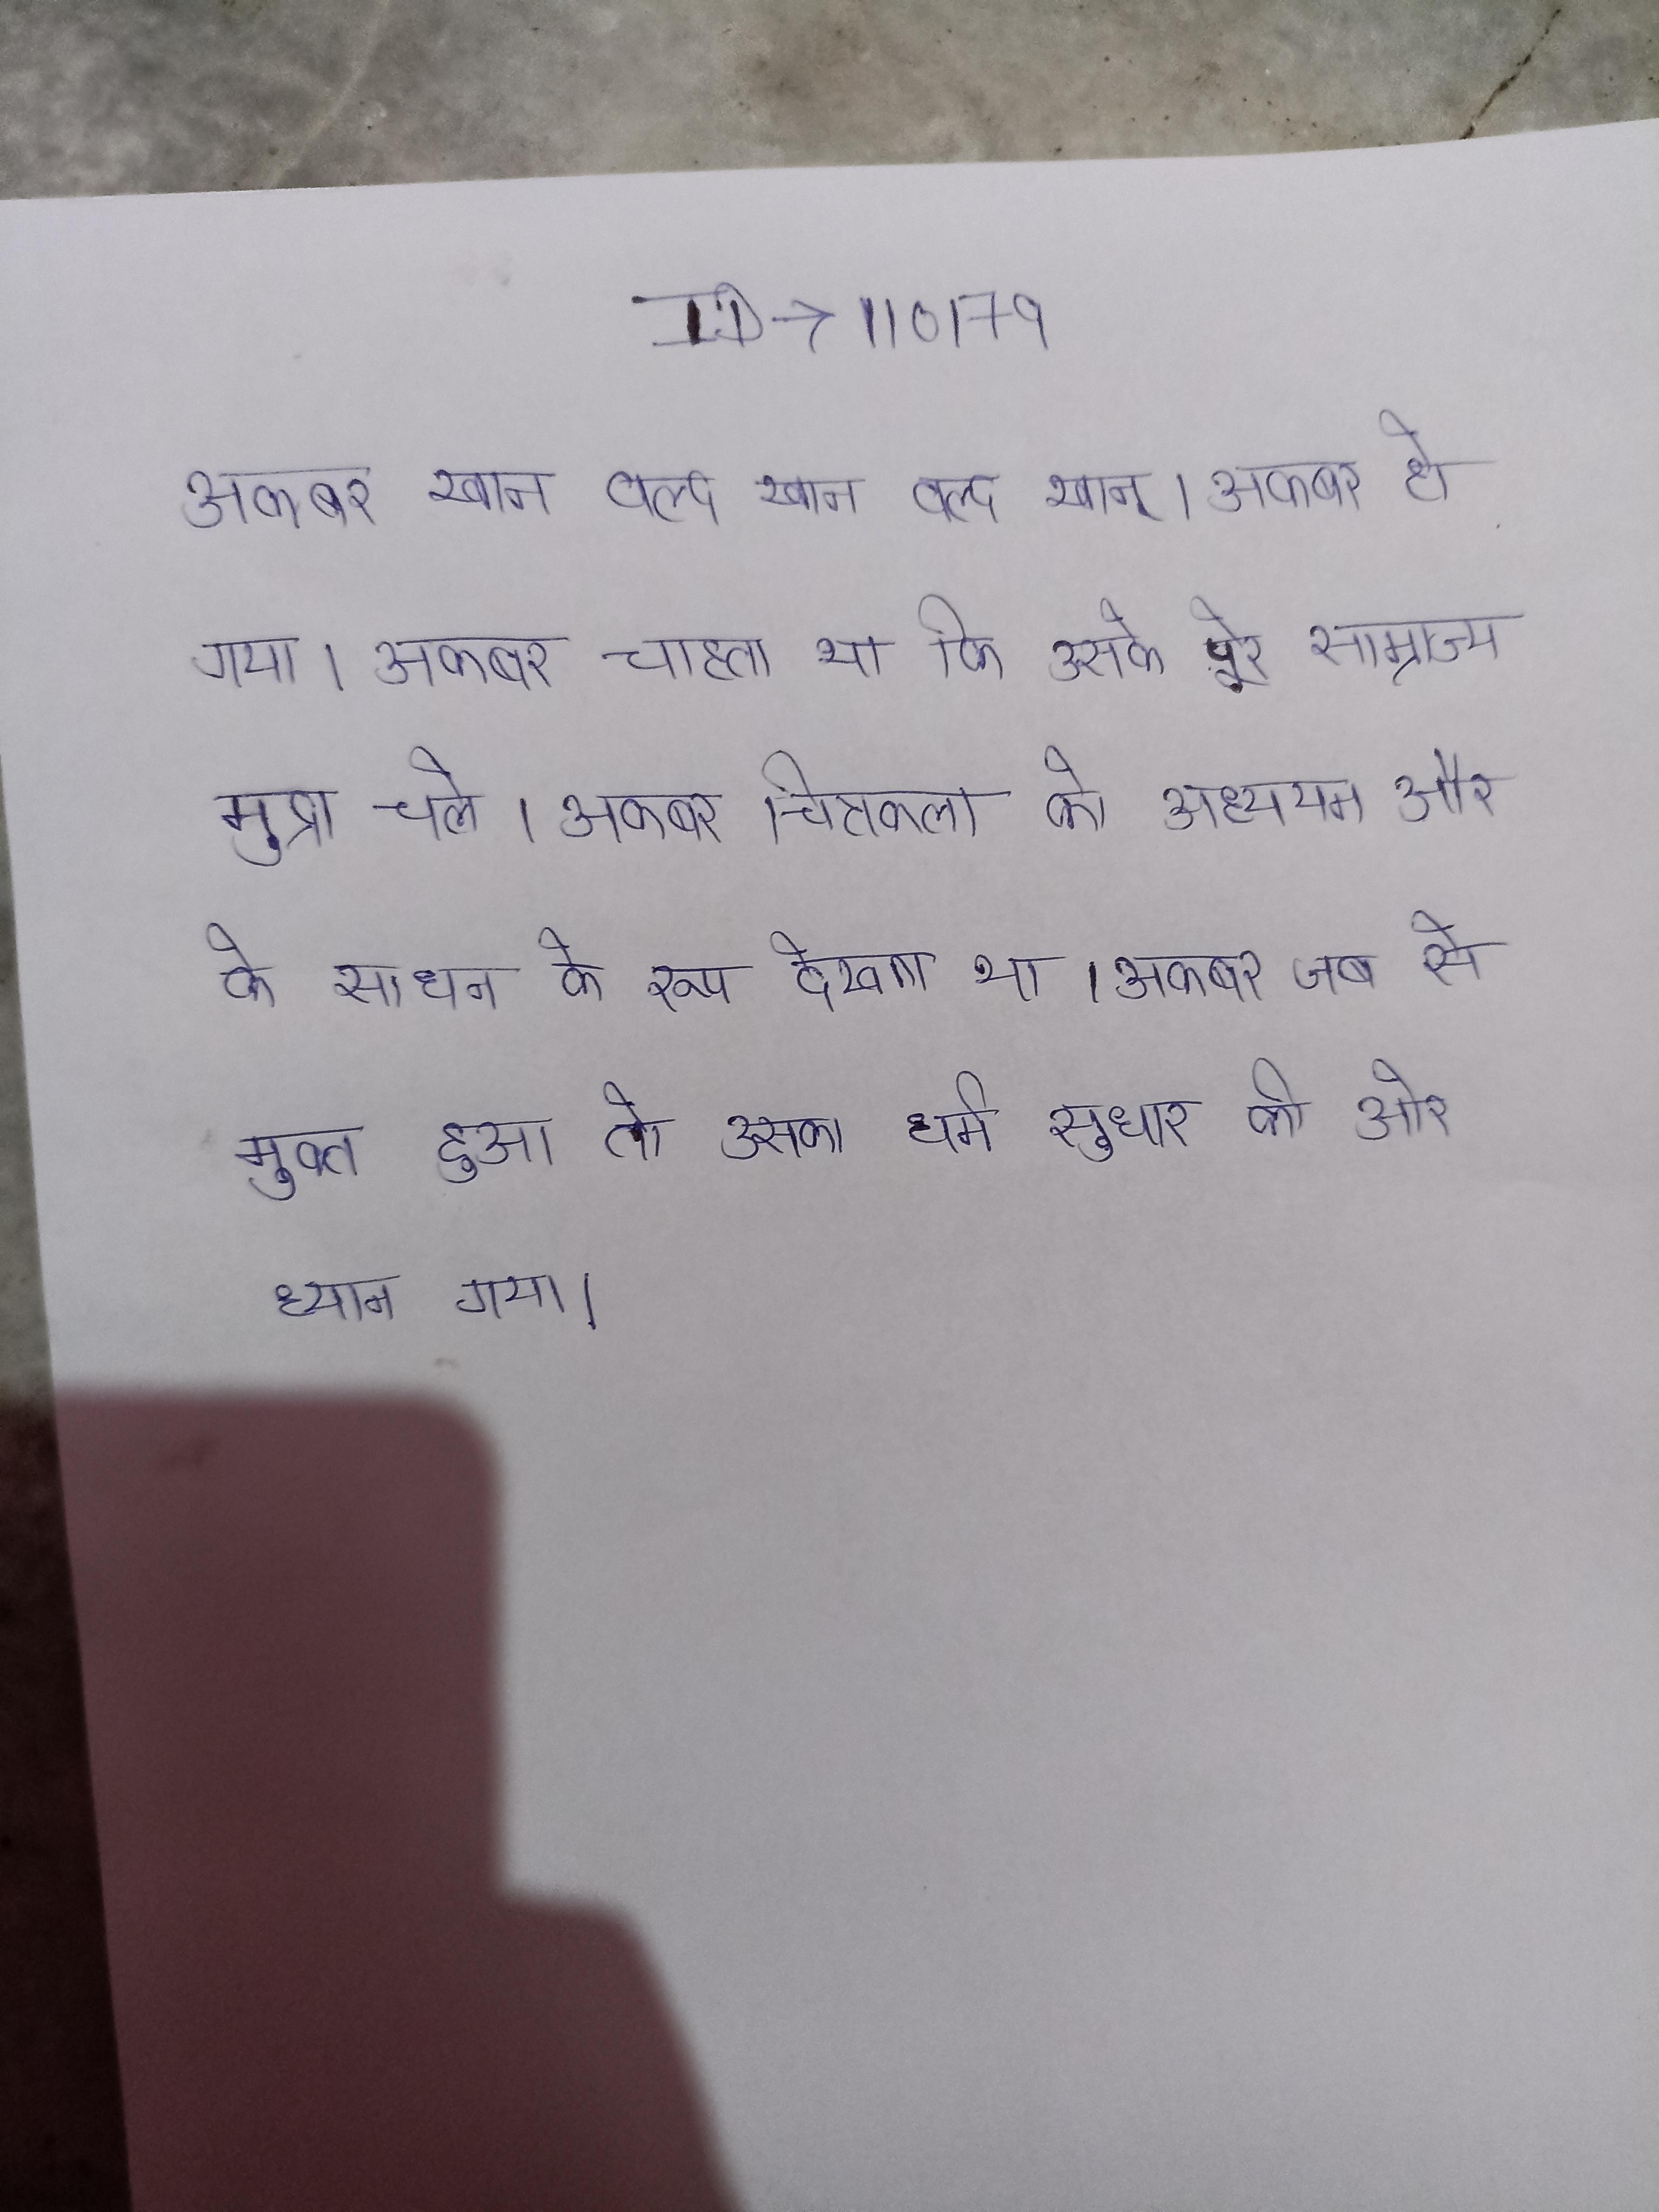
अकबर खान वल्द खान वल्द खान् । अकबर हो गया । अकबर चाहता था कि उसके पूरे साम्राज्य समान मुद्रा चले । अकबर चित्रकला को अध्ययन और के साधन के रूप देखता था । अकबर जब से मुक्त हुआ तो उसका धर्म-सुधार की ओर ध्यान गया ।